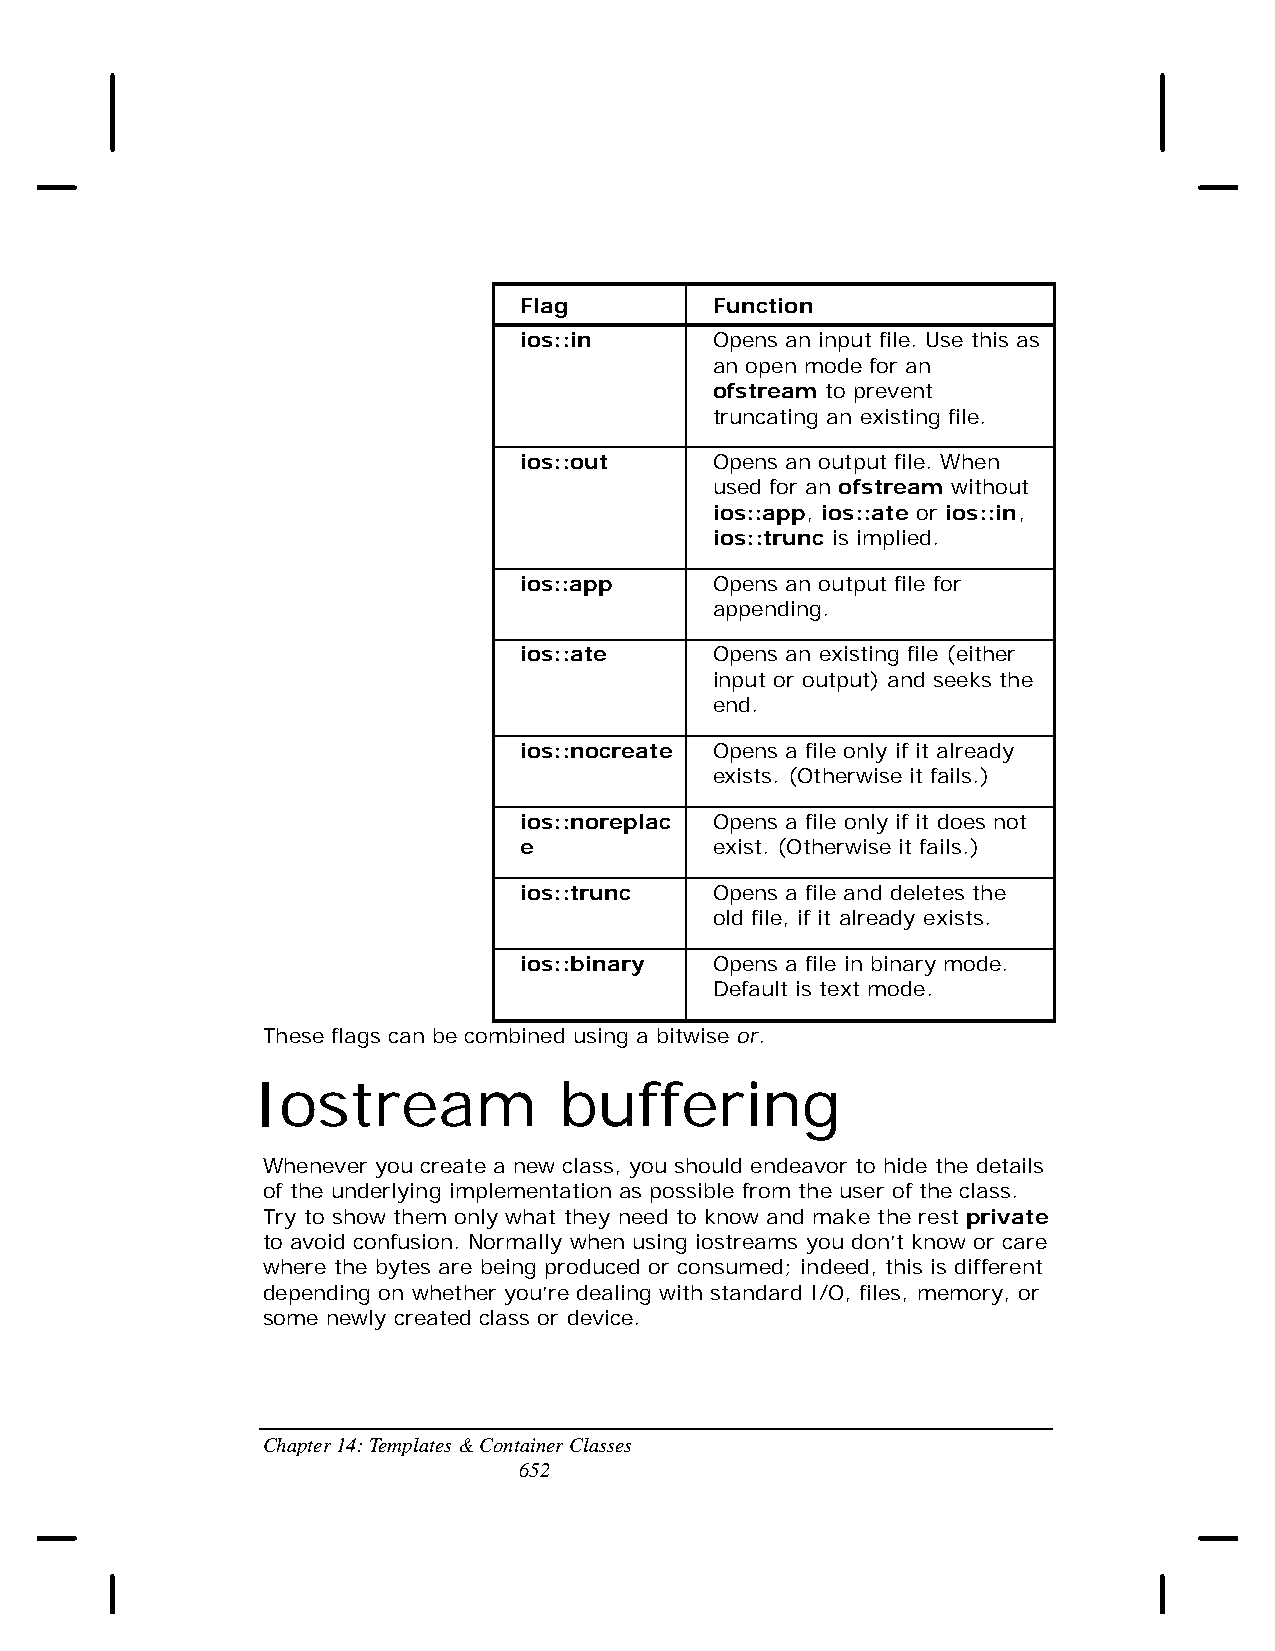
Flag         Function
 ios::in      Opens an input file. Use this as
 an open mode for an
 ofstream to prevent
 truncating an existing file.
 ios::out     Opens an output file. When
 used for an ofstream without
 ios::app, ios::ate or ios::in,
 ios::trunc is implied.
 ios::app     Opens an output file for
 appending.
 ios::ate     Opens an existing file (either
 input or output) and seeks the
 end.
 ios::nocreate Opens a file only if it already
 exists. (Otherwise it fails.)
 ios::noreplac Opens a file only if it does not
 e            exist. (Otherwise it fails.)
 ios::trunc   Opens a file and deletes the
 old file, if it already exists.
 ios::binary  Opens a file in binary mode.
 Default is text mode.
 These flags can be combined using a bitwise or.
 Iostream            buffering
 Whenever you create a new class, you should endeavor to hide the details
 of the underlying implementation as possible from the user of the class.
 Try to show them only what they need to know and make the rest private
 to avoid confusion. Normally when using iostreams you don’t know or care
 where the bytes are being produced or consumed; indeed, this is different
 depending on whether you’re dealing with standard I/O, files, memory, or
 some newly created class or device.
 Chapter 14: Templates & Container Classes
 652